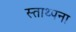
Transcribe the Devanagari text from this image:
स्ताथ्पना